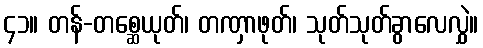
၄၁။ တန်-တစ္ဆေယုတ်၊ တဏှာဖုတ်၊ သုတ်သုတ်ခွာလေလွှဲ။